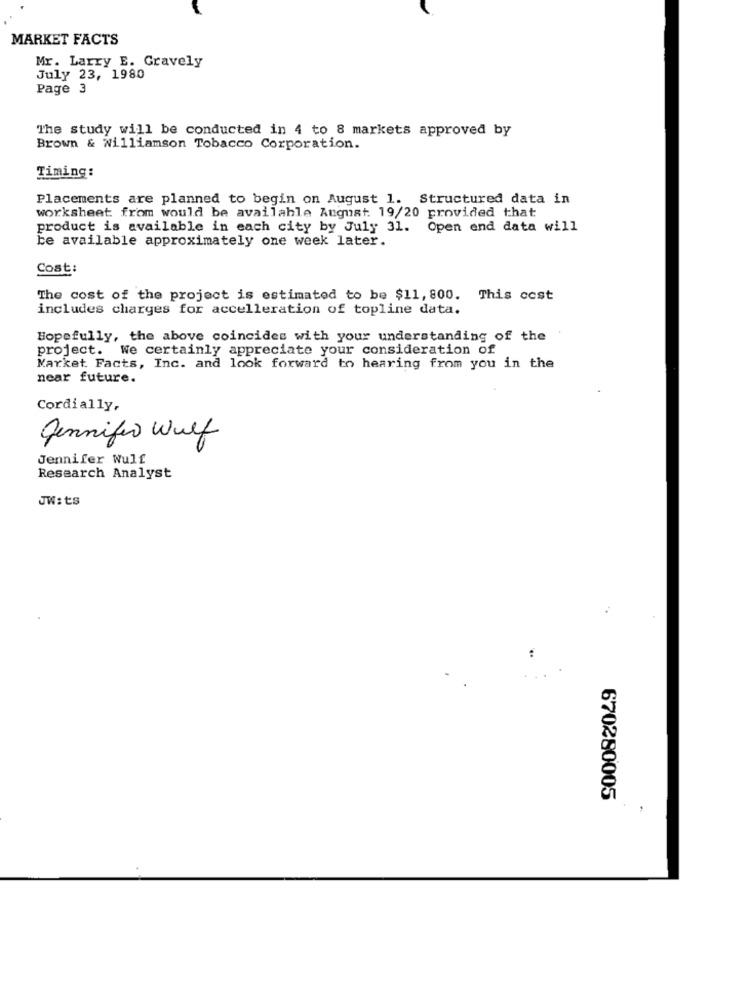
MARKET FACTS
Mr. Larry E. Gravely
July 23, 1980
Page 3
The study will be conducted in 4 to 8 markets approved by
Brown & Williamson Tobacco Corporation.
Timing:
Placements are planned to begin on August 1. Structured data in
worksheet from would be available August. 19/20 provided that
product is available in each city by July 31.
Open end data will
be available approximately one week later.
Cost:
The cost of the project is estimated to be $11, 800. This cost
includes charges for accelleration of topline data.
Hopefully, the above coincides with your understanding of the
project. We certainly appreciate your consideration of
Market. Facts, Inc. and look forward to hearing from you in the
near future.
Cordially,
Jennifer Wulf
Jennifer Wulf
Research Analyst
JW:ts
670280005